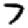
Digit: 7